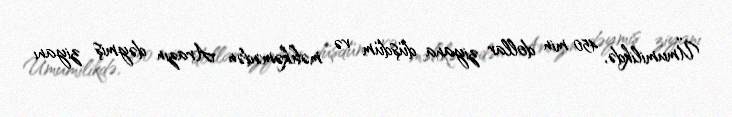
Ümumilikdə, 450 min dollar ziyana düşdüm və məhkəmədən Arazın dəymiş ziyanı